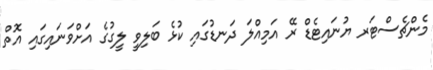
މެންޗެސްޓަރ ޔުނައިޓެޑް ރޭ އަމިއްލަ ދަނޑުގައި ކުޅެ ބަލިވީ ލީގުގެ އަށްވަނައިގައި އޮތް